Vital statistics of India. Vol. IV, Annual returns from 1871 to 1876. British Army of India, Native Army and jails of Bengal
Year: 1871
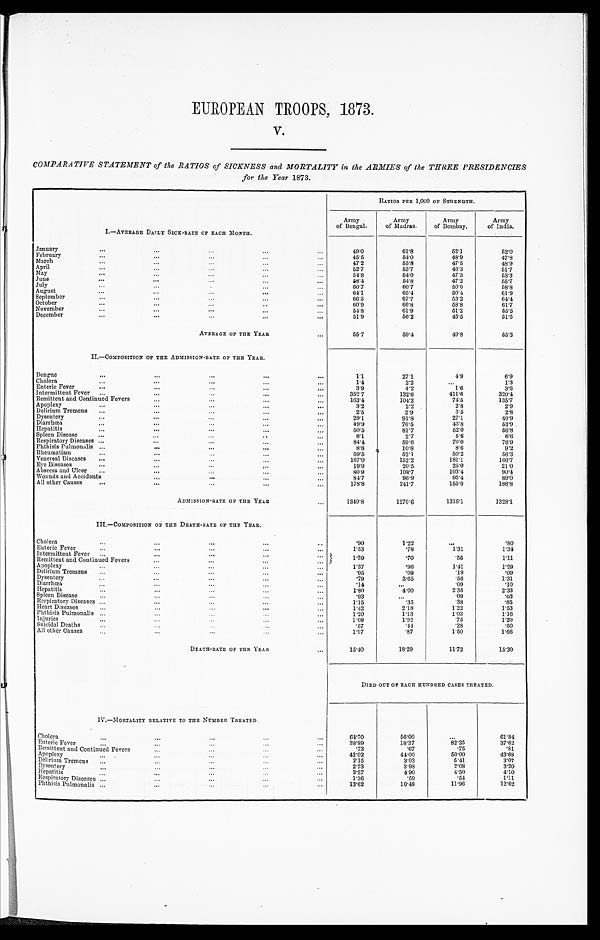
EUROPEAN TROOPS, 1873.
V.
COMPARATIVE STATEMENT of the RATIOS of SICKNESS and MORTALITY in the ARMIES of the THREE PRESIDENCIES
for the Year 1873.
I . — A V E R A G E D A I L Y S I C K - R A T E O F E A C H M O N T H .
RATIOS PER 1,000 OF STRENGTH.
Army
of Bengal.
Army
of Madras.
Army
of Bombay.
Army
of India.
49.0
61.8
52.1
52.0
January . . .
February
.
.
.
45.5
54.0
48.9
47.8
March
.
.
.
47.2
55.8
47.5
48.9
April
.
.
.
52.7
53.7
46.3
5 1 . 7
May
.
.
.
54.8
54.0
47.3
53.3
June
.
.
.
58.4
54.8
47.2
55.7
July . . .
60.7
60.7
50.0
58.8
August
.
.
.
64.1
65.4
50.4
61.9
September
.
.
.
66.5
67.7
53.2
64.4
October
.
.
.
60.9
66.8
58.8
61.7
November . . .
54.8
61.9
51.2
55.5
December
.
.
.
51.9
56.2
45.5
51.5
AVERAGE OF THE YEAR . . .
55.7
59.4
49.8
55.3
II.—COMPOSITION OF THE ADMISSION-RATE OF THE YEAR.
Dengue
.
.
.
1.1
27.1
4.9
6.9
1.4
2.2
. . .
1.3
Cholera . . .
3.9
4.2
1.6
3.6
Enteric
Fever
.
.
.
Intermittent Fever . . .
352.7
132.6
411.6
320.4
Remittent and Continued Fevers . . .
163.4
104.2
74.5
1 3 5 . 7
Apoplexy
.
.
.
3.2
2.2
2.8
2.9
Delirium Tremens . . .
2.5
2.9
3.5
2.8
Dysentery
.
.
.
29.1
91.8
27.1
40.9
49.9
76.5
43.8
53.9
Diarrhœa . . .
50.5
81.7
52.0
5 6 . 8
Hepatitis
.
.
.
8.1
2.7
5.6
6.6
Spleen
Disease
.
.
.
84.4
59.6
70.0
7 6 . 9
Respiratory Diseases . . .
8.8
10.8
8.6
9.2
Phthisis Pulmonulis . . .
59.5
5 2 . 1
50.2
56.3
Rheumatism
.
.
.
167.0
152.2
181.1
166.7
Venereal Diseases . . .
19.9
20.5
25.0
21.0
Eye
Diseases
.
.
.
80.9
108.7
103.4
90.4
Abscess and Ulcer . . .
84.7
96.9
95.4
89.0
Wounds and Accidents . . .
178.8
241.7
155.0
186.8
All other Causes . . .
ADMISSION-RATE OF THE YEAR . . .
1349.8
1270.6
1316.1
1328.1
III.—COMPOSITION OP THE DEATH-RATE OF THE YEAR.
Cholera
.
.
.
. 9 0
1.22
. . .
. 8 0
1.53
.78
1.31
1.34
Enteric
Fever
.
.
.
1.39
.70
.56
1.11
Intermittent Fever . . .
Remittent and Continued Fever . . .
1.37
.96
1.41
1.29
Apoplexy
.
.
.
.05
.09
.19
. 0 9
Delirium Tremens . . .
.79
3.65
.56
1.31
Dysentery . . .
Diarrhœa
.
.
.
.14
. . .
.09
. 1 0
1.80
4.00
2.35
2.33
Hepatitis
.
.
.
.03
. . .
.09
. 0 3
Spleen
Disease
.
.
.
1.15
.35
.38
. 8 5
Respiratory Diseases . . .
1.42
2.18
1.22
1.53
Heart
Diseases
.
.
.
1.20
1.13
1.03
1.16
Phthisis Pulmonalis . . .
1.09
1.92
.75
1.20
Injuries
.
.
.
.57
.44
.28
. 5 0
Suicidal
Deaths
.
.
.
1 . 9 7
.87
1.50
1.66
All other Causes . . .
DEATH-RATE OF THE YEAR . . .
15.40
18.29
11.72
15.30
DIED OUT OF EACH HUNDRED CASES TREATED.
IV.—MORTALITY RELATIVE TO THE NUMBER TREATED.
Cholera
.
.
.
64.70
56.00
. . .
61.84
38.89
18.37
82.35
37.62
E n t e r i c F e v e r . . .
.73
.67
.75
.81
Remittent and Continued Fevers . . .
42.02
44.00
50.00
43.68
Apoplexy
.
.
.
2.15
3.03
5.41
3.07
Delirium Tremens . . .
2.73
3.98
2.08
3.20
Dysentery
.
.
.
3.57
4.90
4.50
4.10
H e p a t i t i s . . .
1.36
.59
.54
1.11
R e s p i r a t o r y D i s e a s e s . . .
13.62
10.48
11.96
12.62
P h t h i s i s P u l m o n a l i s . . .